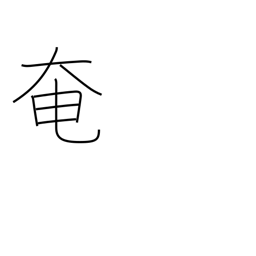
Meaning: obstruct